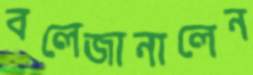
বলেজানালেন